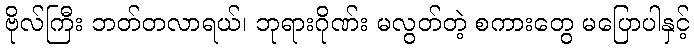
ဗိုလ်ကြီး ဘတ်တလာရယ်၊ ဘုရားဂိုဏ်း မလွတ်တဲ့ စကားတွေ မပြောပါနှင့်